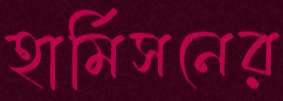
হার্মিসনের